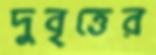
দুবৃত্তের